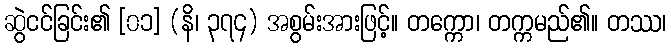
ဆွဲငင်ခြင်း၏ [၀၁] (နိ၊ ၃၇၄) အစွမ်းအားဖြင့်။ တက္ကော၊ တက္ကမည်၏။ တဿ၊